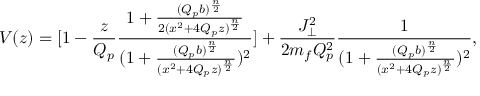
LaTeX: V ( z ) = [ 1 - { \frac { z } { Q _ { p } } } { \frac { 1 + { \frac { ( Q _ { p } b ) ^ { \frac { n } { 2 } } } { 2 ( x ^ { 2 } + 4 Q _ { p } z ) ^ { \frac { n } { 2 } } } } } { ( 1 + { \frac { ( Q _ { p } b ) ^ { \frac { n } { 2 } } } { ( x ^ { 2 } + 4 Q _ { p } z ) ^ { \frac { n } { 2 } } } } ) ^ { 2 } } } ] + { \frac { J _ { \perp } ^ { 2 } } { 2 m _ { f } Q _ { p } ^ { 2 } } } { \frac { 1 } { { ( 1 + { \frac { ( Q _ { p } b ) ^ { \frac { n } { 2 } } } { ( x ^ { 2 } + 4 Q _ { p } z ) ^ { \frac { n } { 2 } } } } } ) ^ { 2 } } } ,